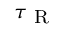
\tau _ { \mathrm { ~ R ~ } }